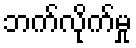
ဘက်လိုက်မှု